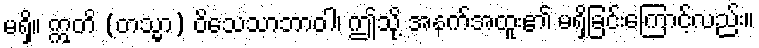
မရှိ။ ဣတိ (တသ္မာ) ဝိသေသာဘာဝါ၊ ဤသို့ အနက်အထူး၏ မရှိခြင်းကြောင့်လည်း။